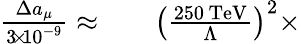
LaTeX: \begin{array}{rlr}{\frac{\Delta a_{\mu}}{3\! \times\! 10^{-9}}\approx}&{{}}&{\left(\frac{250\, \mathrm{TeV}}{\Lambda}\right)^{2}\times}\end{array}